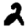
Digit: 2